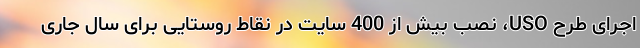
اجرای طرح USO، نصب بیش از 400 سایت در نقاط روستایی برای سال جاری